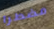
مضطرا